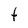
Character: t